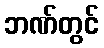
ဘဏ်တွင်